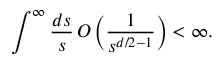
\int ^ { \infty } \frac { d s } { s } \, O \left( \frac { 1 } { s ^ { d / 2 - 1 } } \right) < \infty .